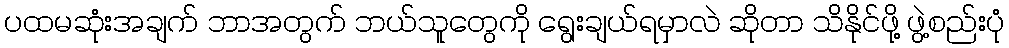
ပထမဆုံးအချက် ဘာအတွက် ဘယ်သူတွေကို ရွေးချယ်ရမှာလဲ ဆိုတာ သိနိုင်ဖို့ ဖွဲ့စည်းပုံ